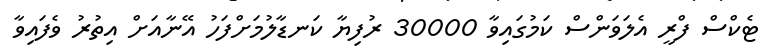
ޓެކްސް ފްރީ އެލަވަންސް ކަމުގައިވާ 30000 ރުފިޔާ ކަނޑާލުމަށްފަހު އޭނާއަށް އިތުރު ވެފައިވާ